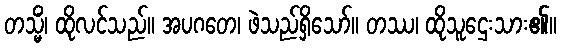
တသ္မိံ၊ ထိုလင်သည်။ အပဂတေ၊ ဖဲသည်ရှိသော်။ တဿ၊ ထိုသူဌေးသား၏။